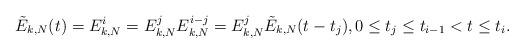
LaTeX: \begin{align*}\tilde{E}_{k,N}(t) = E_{k,N}^{i}=E_{k,N}^{j} E_{k,N}^{ i - j}=E_{k,N}^j \tilde{E}_{k,N}(t - t_j ),0\leq t_j \leq t_{i-1} < t \leq t_{i}.\end{align*}